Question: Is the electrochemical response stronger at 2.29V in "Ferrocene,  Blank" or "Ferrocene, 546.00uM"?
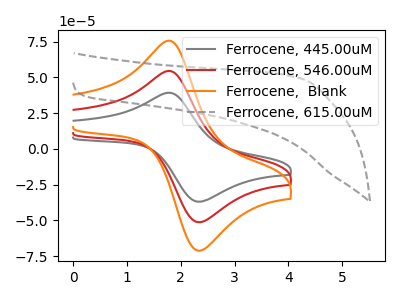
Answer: <think>The gray curve "Ferrocene, 445.00uM" has an anodic peak at (1.80V, 39.25uA) and a cathodic peak at (2.30V, -36.70uA). The red curve "Ferrocene, 546.00uM" has an anodic peak at (1.80V, 54.45uA) and a cathodic peak at (2.30V, -50.95uA). The orange curve "Ferrocene,  Blank" has an anodic peak at (1.80V, 108.90uA) and a cathodic peak at (2.30V, -101.90uA). The gray dashed curve "Ferrocene, 615.00uM" has no peaks.</think>
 <answer>The peak at 2.29V is higher in "Ferrocene,  Blank" than in "Ferrocene, 546.00uM".</answer>
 <eval>higher</eval>